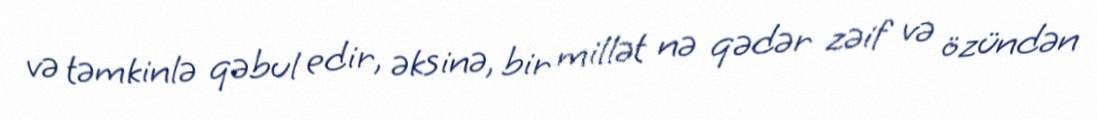
və təmkinlə qəbul edir, əksinə, bir millət nə qədər zəif və özündən